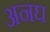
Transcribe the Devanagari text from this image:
अनघ